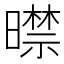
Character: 𣋜